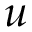
u